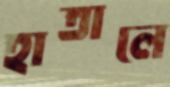
হাতালে